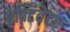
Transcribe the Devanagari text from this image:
एक्टिवेटर